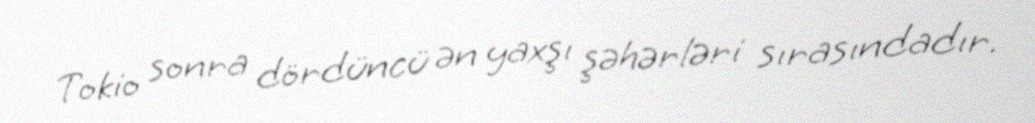
Tokio sonra dördüncü ən yaxşı şəhərləri sırasındadır.